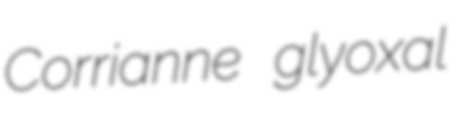
Corrianne glyoxal